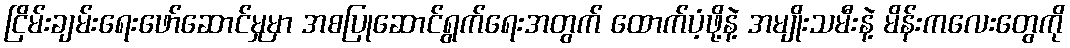
ငြိမ်းချမ်းရေးဖော်ဆောင်မှုမှာ အစပြုဆောင်ရွက်ရေးအတွက် ထောက်ပံ့ဖို့နဲ့ အမျိုးသမီးနဲ့ မိန်းကလေးတွေကို